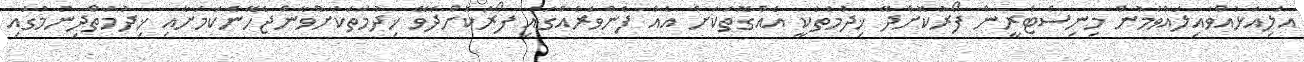
އަލިއަޅުއްވައިލައްވަމުން މިނިސްޓްރީން ފޯރުކޮށްދޭ ޚިދުމަތަކީ އެއްގޮތަކަށް އެއް ފެންވަރެއްގައި ފޯރުކޮށްދެވޭ ޚިދުމަތަކަށްވާންޖެހޭނެކަމަށާއި ޚިދުމަތްދިނުމުގައި